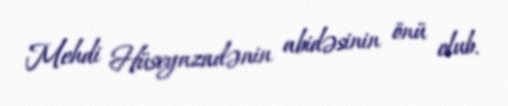
Mehdi Hüseynzadənin abidəsinin önü olub.